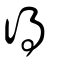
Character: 得